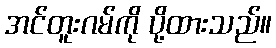
အင်တူးဂမ်ကို ပို့ထားသည်။